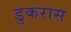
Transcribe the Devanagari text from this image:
डुकरास